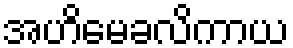
အဟိမေခလိကာယ